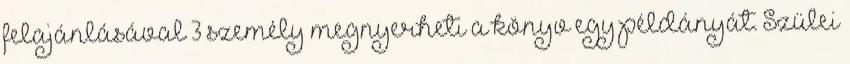
felajánlásával 3 személy megnyerheti a könyv egy példányát. Szülei